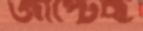
জাপ্‌টেছ